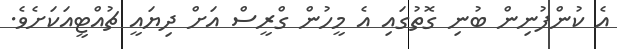
އެ ކުންފުނިން ބުނި ގޮތުގައި އެ މީހުން ގްރީސް އަށް ދިޔައީ ޗުއްޓީއަކަށެވެ.